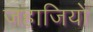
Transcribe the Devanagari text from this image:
जहाजियों